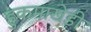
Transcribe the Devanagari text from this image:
हुकमाखेड़ी